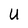
Character: U